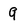
Character: 9